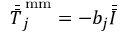
\bar { \bar { T } } _ { j } ^ { \, \mathrm { m m } } = - b _ { j } \bar { \bar { I } }